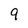
Character: 9